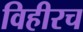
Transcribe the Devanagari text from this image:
विहीरच